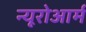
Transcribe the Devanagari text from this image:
न्यूरोआर्म